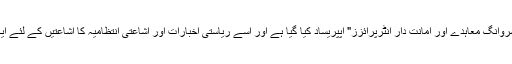
کایمیا پرنٹنگ بار بار "اوبسروانگ معاہدے اور امانت دار انٹرپرائزز" اپپریساد کیا گیا ہے اور اسے ریاستی اخبارات اور اشاعتی انتظامیہ کا اشاعتیں کے لئے ایک مقررہ مینوفیکچرر ہے ۔